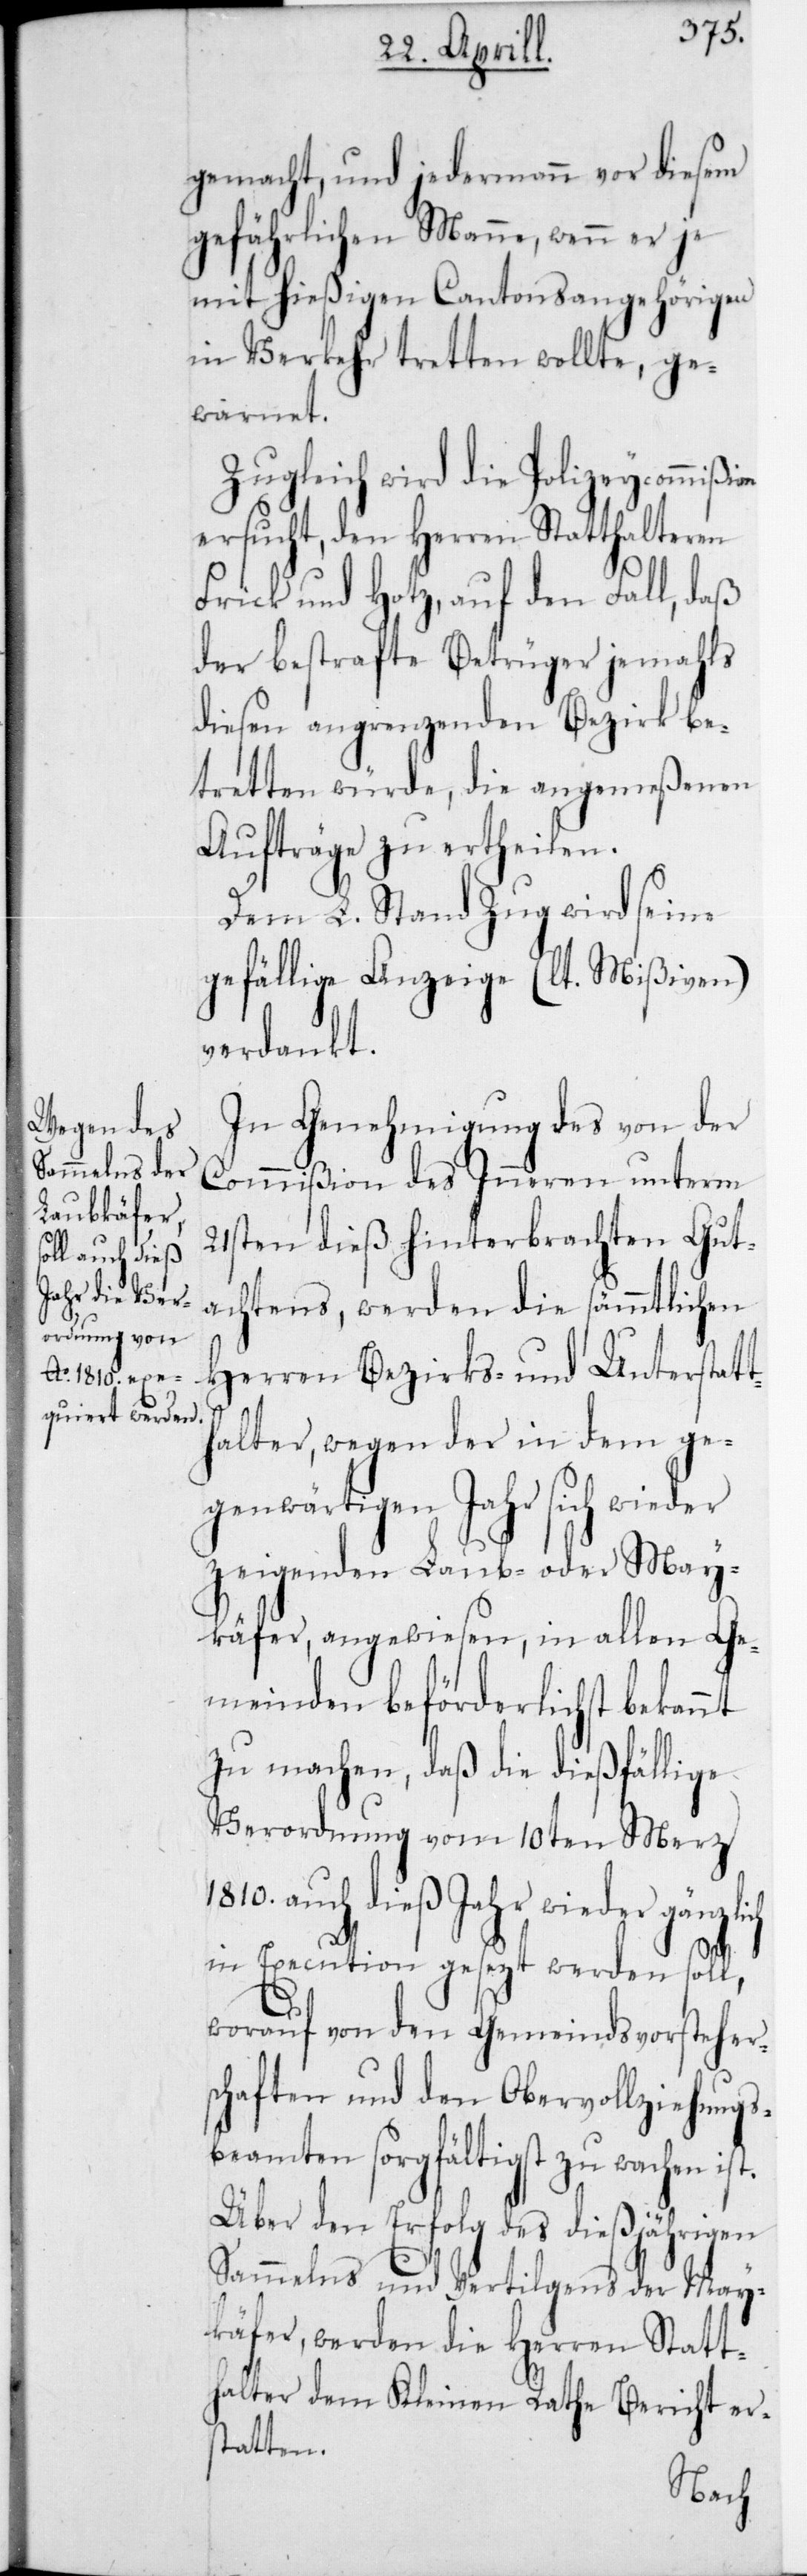
gemacht, und jedermann vor diesem
gefährlichen Manne, wenn er je
mit hießigen Cantonsangehörigen
in Verkehr tretten wollte, ge¬
warnet.
Zugleich wird die Polizeycommißion
ersucht, den Herren Statthalteren
Frick und Hotz, auf den Fall, daß
der bestrafte Betrüger jemahls
diesen angrenzenden Bezirk be¬
tretten würde, die angemeßenen
Aufträge zu ertheilen.
Dem L. Stand Zug wird seine
gefällige Anzeige (lt. Mißiven)
verdankt.
In Genehmigung des von der
Commißion des Inneren unterm
21sten dieß hinterbrachten Gut¬
achtens, werden die sämmtlichen
Herren Bezirks- und Unterstatt¬
halter, wegen der in dem ge¬
genwärtigen Jahr sich wieder
zeigenden Laub- oder May¬
käfer, angewiesen, in allen Ge¬
meinden beförderlichst bekannt
zu machen, daß die dießfällige
Verordnung vom 10ten Merz
auch dieß Jahr wieder gänzl¬
in Execution gesezt werden soll,
worauf von den Gemeindsvorsteher¬
schaften und den Obervollziehungs¬
beamten sorgfältigst zu wachen
Über den Erfolg des dießjährigen
Sammelns und Vertilgens der May¬
käfer, werden die Herren Statt¬
halter dem Kleinen Rathe Bericht er¬
statten.
ich